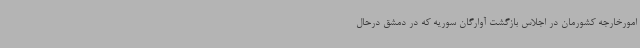
امورخارجه کشورمان در اجلاس بازگشت آوارگان سوریه که در دمشق درحال